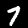
Label: 7